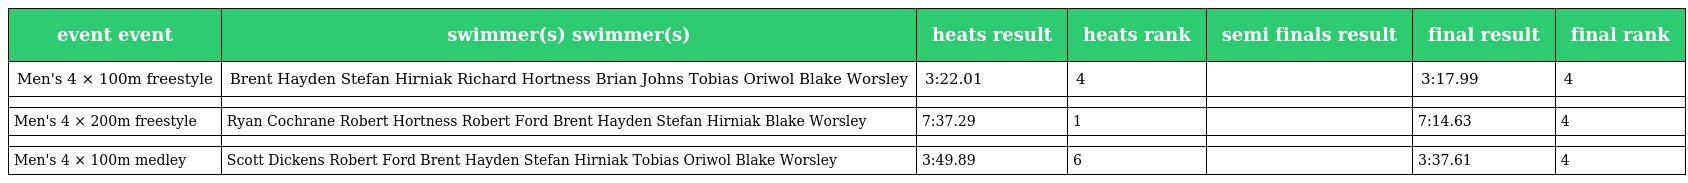
| event event | swimmer(s) swimmer(s) | heats result | heats rank | semi finals result | final result | final rank |
 | --- | --- | --- | --- | --- | --- | --- |
 | Men's 4 × 100m freestyle | Brent Hayden Stefan Hirniak Richard Hortness Brian Johns Tobias Oriwol Blake Worsley | 3:22.01 | 4 |  | 3:17.99 | 4 |
 |  |  |  |  |  |  |  |
 | Men's 4 × 200m freestyle | Ryan Cochrane Robert Hortness Robert Ford Brent Hayden Stefan Hirniak Blake Worsley | 7:37.29 | 1 |  | 7:14.63 | 4 |
 |  |  |  |  |  |  |  |
 | Men's 4 × 100m medley | Scott Dickens Robert Ford Brent Hayden Stefan Hirniak Tobias Oriwol Blake Worsley | 3:49.89 | 6 |  | 3:37.61 | 4 |